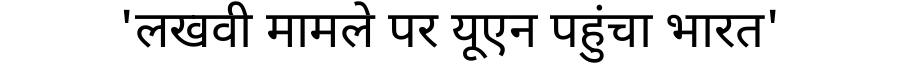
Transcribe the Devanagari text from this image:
'लखवी मामले पर यूएन पहुंचा भारत'